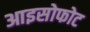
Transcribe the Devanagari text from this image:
आइसोफोट